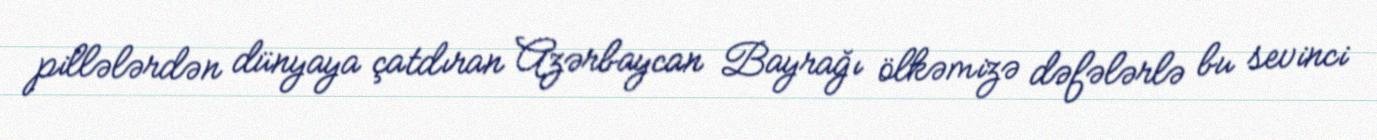
pillələrdən dünyaya çatdıran Azərbaycan Bayrağı ölkəmizə dəfələrlə bu sevinci